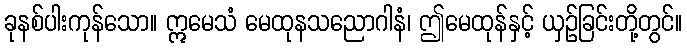
ခုနစ်ပါးကုန်သော။ ဣမေသံ မေထုနသညောဂါနံ၊ ဤမေထုန်နှင့် ယှဉ်ခြင်းတို့တွင်။